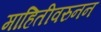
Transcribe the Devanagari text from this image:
माहितीवरुनन